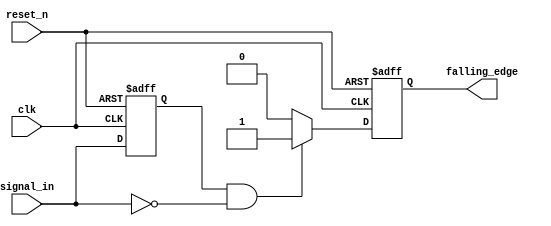
module falling_edge_detector (
    input wire clk,            // Clock input
    input wire reset_n,       // Active low reset
    input wire signal_in,      // Input signal to detect falling edge
    output reg falling_edge    // Falling edge output signal
);

    reg signal_in_prev;       // Previous state of the input signal

    always @(posedge clk or negedge reset_n) begin
        if (!reset_n) begin
            signal_in_prev <= 1'b0; // Initialize previous signal to low on reset
            falling_edge <= 1'b0;    // Clear the output on reset
        end else begin
            // Edge detection logic
            if (signal_in_prev == 1'b1 && signal_in == 1'b0) begin
                falling_edge <= 1'b1; // Detect falling edge
            end else begin
                falling_edge <= 1'b0;  // Clear output if no falling edge
            end
            
            signal_in_prev <= signal_in; // Update previous state
        end
    end

endmodule